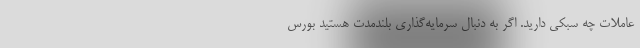
عاملات چه سبکی دارید. اگر به دنبال سرمایه‌گذاری بلندمدت هستید بورس